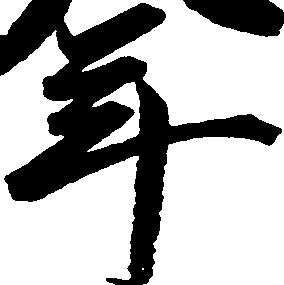
年